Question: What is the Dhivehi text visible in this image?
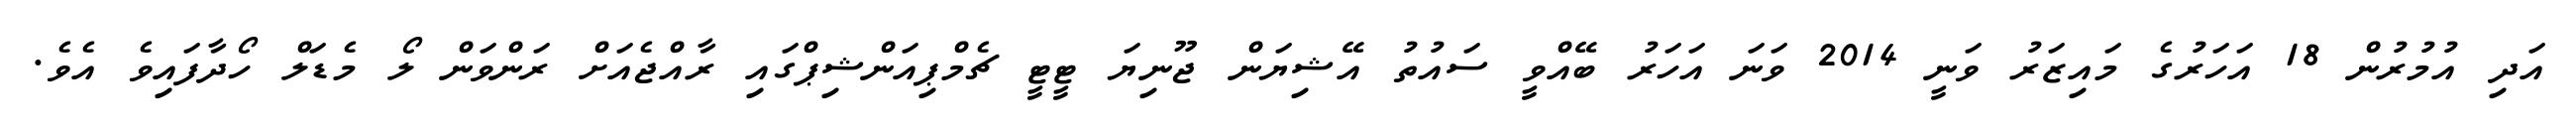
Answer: އަދި އުމުރުން 18 އަހަރުގެ މައިޒަރު ވަނީ 2014 ވަނަ އަހަރު ބޭއްވީ ސައުތު އޭޝިޔަން ޖޫނިޔަ ޓީޓީ ޗެމްޕިއަންޝިޕްގައި ރާއްޖެއަށް ރަންވަން ލޯ މެޑަލް ހޯދާފައިވެ އެވެ.